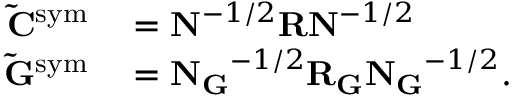
\begin{array} { r l } { \mathbf { \tilde { C } } ^ { \mathrm { s y m } } } & { { } = \mathbf { N } ^ { - 1 / 2 } \mathbf { R } \mathbf { N } ^ { - 1 / 2 } } \\ { \mathbf { \tilde { G } } ^ { \mathrm { s y m } } } & { { } = \mathbf { N _ { G } } ^ { - 1 / 2 } \mathbf { R _ { G } } \mathbf { N _ { G } } ^ { - 1 / 2 } . } \end{array}